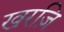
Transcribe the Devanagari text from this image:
खरज़ि